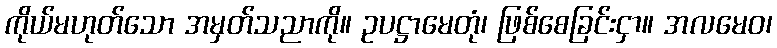
ကိုယ်မဟုတ်သော အမှတ်သညာကို။ ဥပဋ္ဌာမေတုံ၊ ဖြစ်စေခြင်းငှာ။ အလမေဝ၊